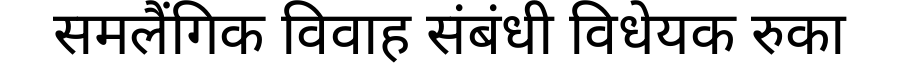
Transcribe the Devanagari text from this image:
समलैंगिक विवाह संबंधी विधेयक रुका